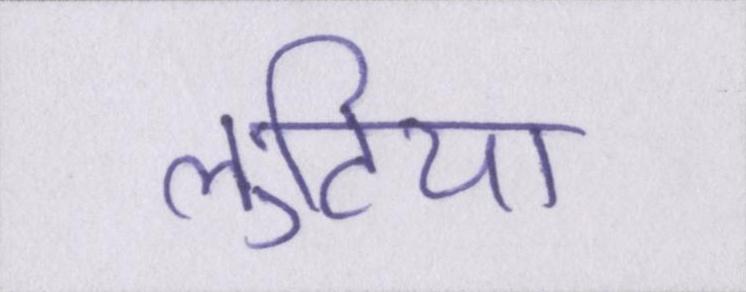
लुटिया